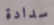
سدادة